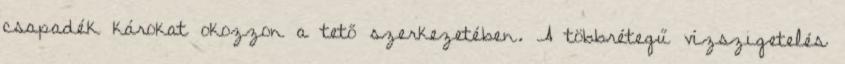
csapadék károkat okozzon a tető szerkezetében. A többrétegű vízszigetelés